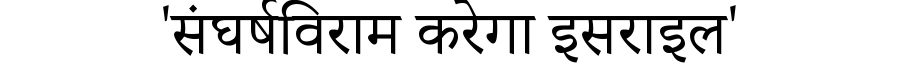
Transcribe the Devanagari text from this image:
'संघर्षविराम करेगा इसराइल'